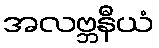
အလဗ္ဘနီယံ